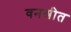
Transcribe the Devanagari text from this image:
वनश्रीत